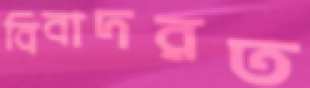
বিবাদরত